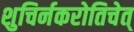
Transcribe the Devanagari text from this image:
शुचिर्नकरोतिचेत्